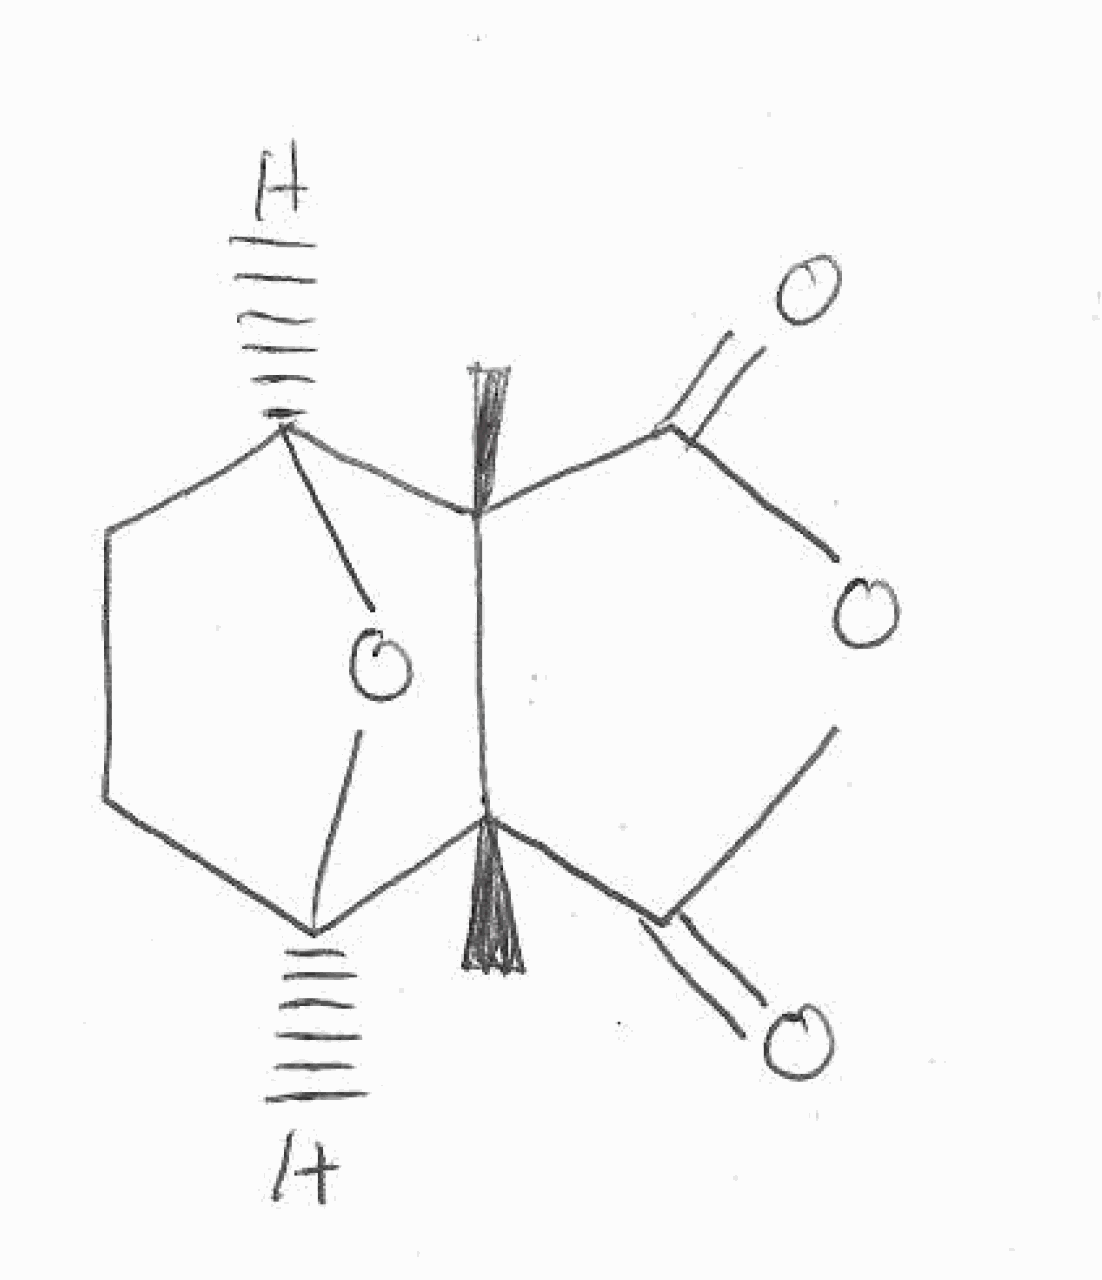
Simplified molecular-input line-entry system (SMILES) notation of the given molecule:
C[C@@]12[C@H]3CC[C@@H]([C@@]1(C(=O)OC2=O)C)O3